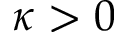
\kappa > 0